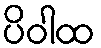
ပိဝါထ